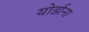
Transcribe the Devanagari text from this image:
योर्डाना